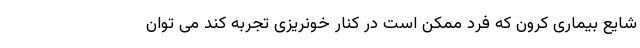
شایع بیماری کرون که فرد ممکن است در کنار خونریزی تجربه کند می توان